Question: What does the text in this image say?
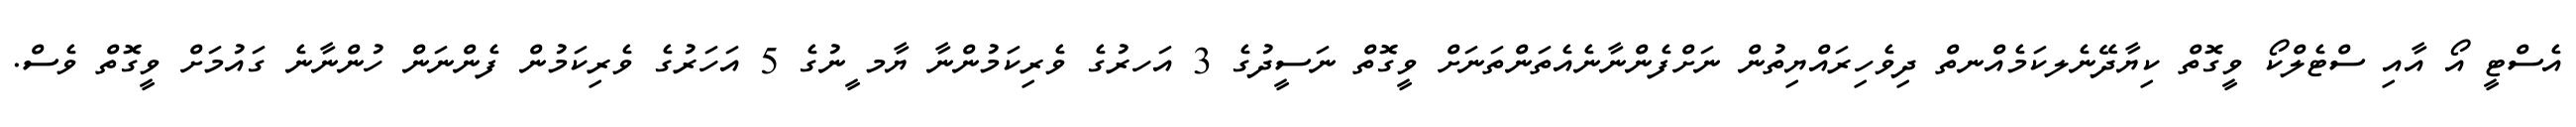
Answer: އެސްޓީ އޯ އާއި ސްޓެލްކޯ ވީގޮތް ކިޔާދޭނެލކަމެއްނތް ދިވެހިރައްޔިތުން ނަށްފެންނާނެއެތަންތަނަށް ވީގޮތް ނަސީދުގެ 3 އަހރުގެ ވެރިކަމުންނާ ޔާމ ީނުގެ 5 އަހަރުގެ ވެރިކަމުން ފެންނަން ހުންނާނެ ގައުމަށް ވީގޮތް ވެސް.